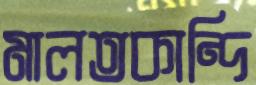
মালতকান্দি